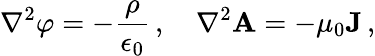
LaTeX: \nabla^{2}\varphi=-{\frac{\rho}{\epsilon_{0}}}\, ,\quad\nabla^{2}\mathbf{A}=-\mu_{0}\mathbf{J}\, ,